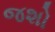
જશો